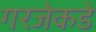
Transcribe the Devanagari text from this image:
गरजेकडे